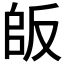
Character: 𠭔